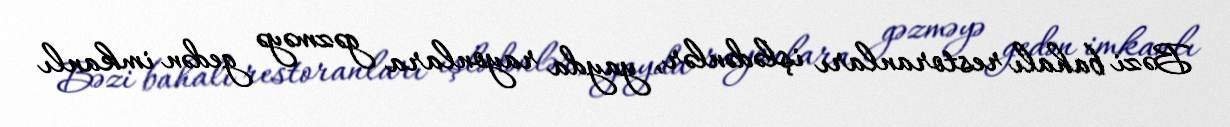
Bəzi bahalı restoranları işlədənlər, yayda rayonlara gəzməyə gedən imkanlı